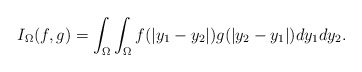
\begin{align*}I_{\Omega}(f,g)=\int_{\Omega}\int_{\Omega}f(|y_{1}-y_{2}|)g(|y_{2}-y_{1}|)dy_{1}dy_{2}.\end{align*}